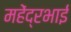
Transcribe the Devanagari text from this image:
महेंद्रभाई